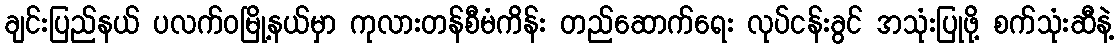
ချင်းပြည်နယ် ပလက်ဝမြို့နယ်မှာ ကုလားတန်စီမံကိန်း တည်ဆောက်ရေး လုပ်ငန်းခွင် အသုံးပြုဖို့ စက်သုံးဆီနဲ့